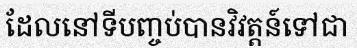
ដែលនៅទីបញ្ចប់បានវិវត្តន៍ទៅជា